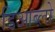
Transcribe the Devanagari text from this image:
डिआब्लो